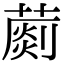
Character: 𦺶